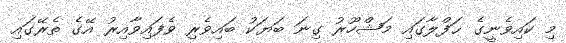
މި ކައިވެނީގެ ޙަފްލާގައި މަޝްހޫރު ގިނަ ބަޔަކު ބައިވެރި ވެފައިވާއިރު އޭގެ ތެރޭގައި